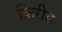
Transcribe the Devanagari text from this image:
किरीड